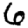
Digit: 6